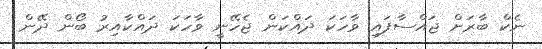
ނެކް ބާރަށް ޖައްސާފައި ވާހަކަ ދައްކަން ޖެހޭނީ ވާހަކަ ދައްކާއިރު ބޯން ދޭން